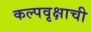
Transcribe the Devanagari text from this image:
कल्पवृक्षाची